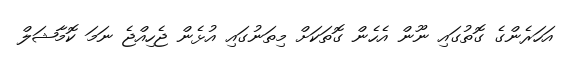
އަހަރެންގެ ގޮތުގައި ނޫން އެހެން ގޮތަކަށް މިތަނުގައި އުޅެން ޖެހިއްޖެ ނަމަ ކޮމާޝަލް